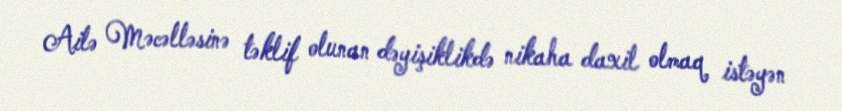
Ailə Məcəlləsinə təklif olunan dəyişiklikdə nikaha daxil olmaq istəyən